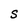
Character: S